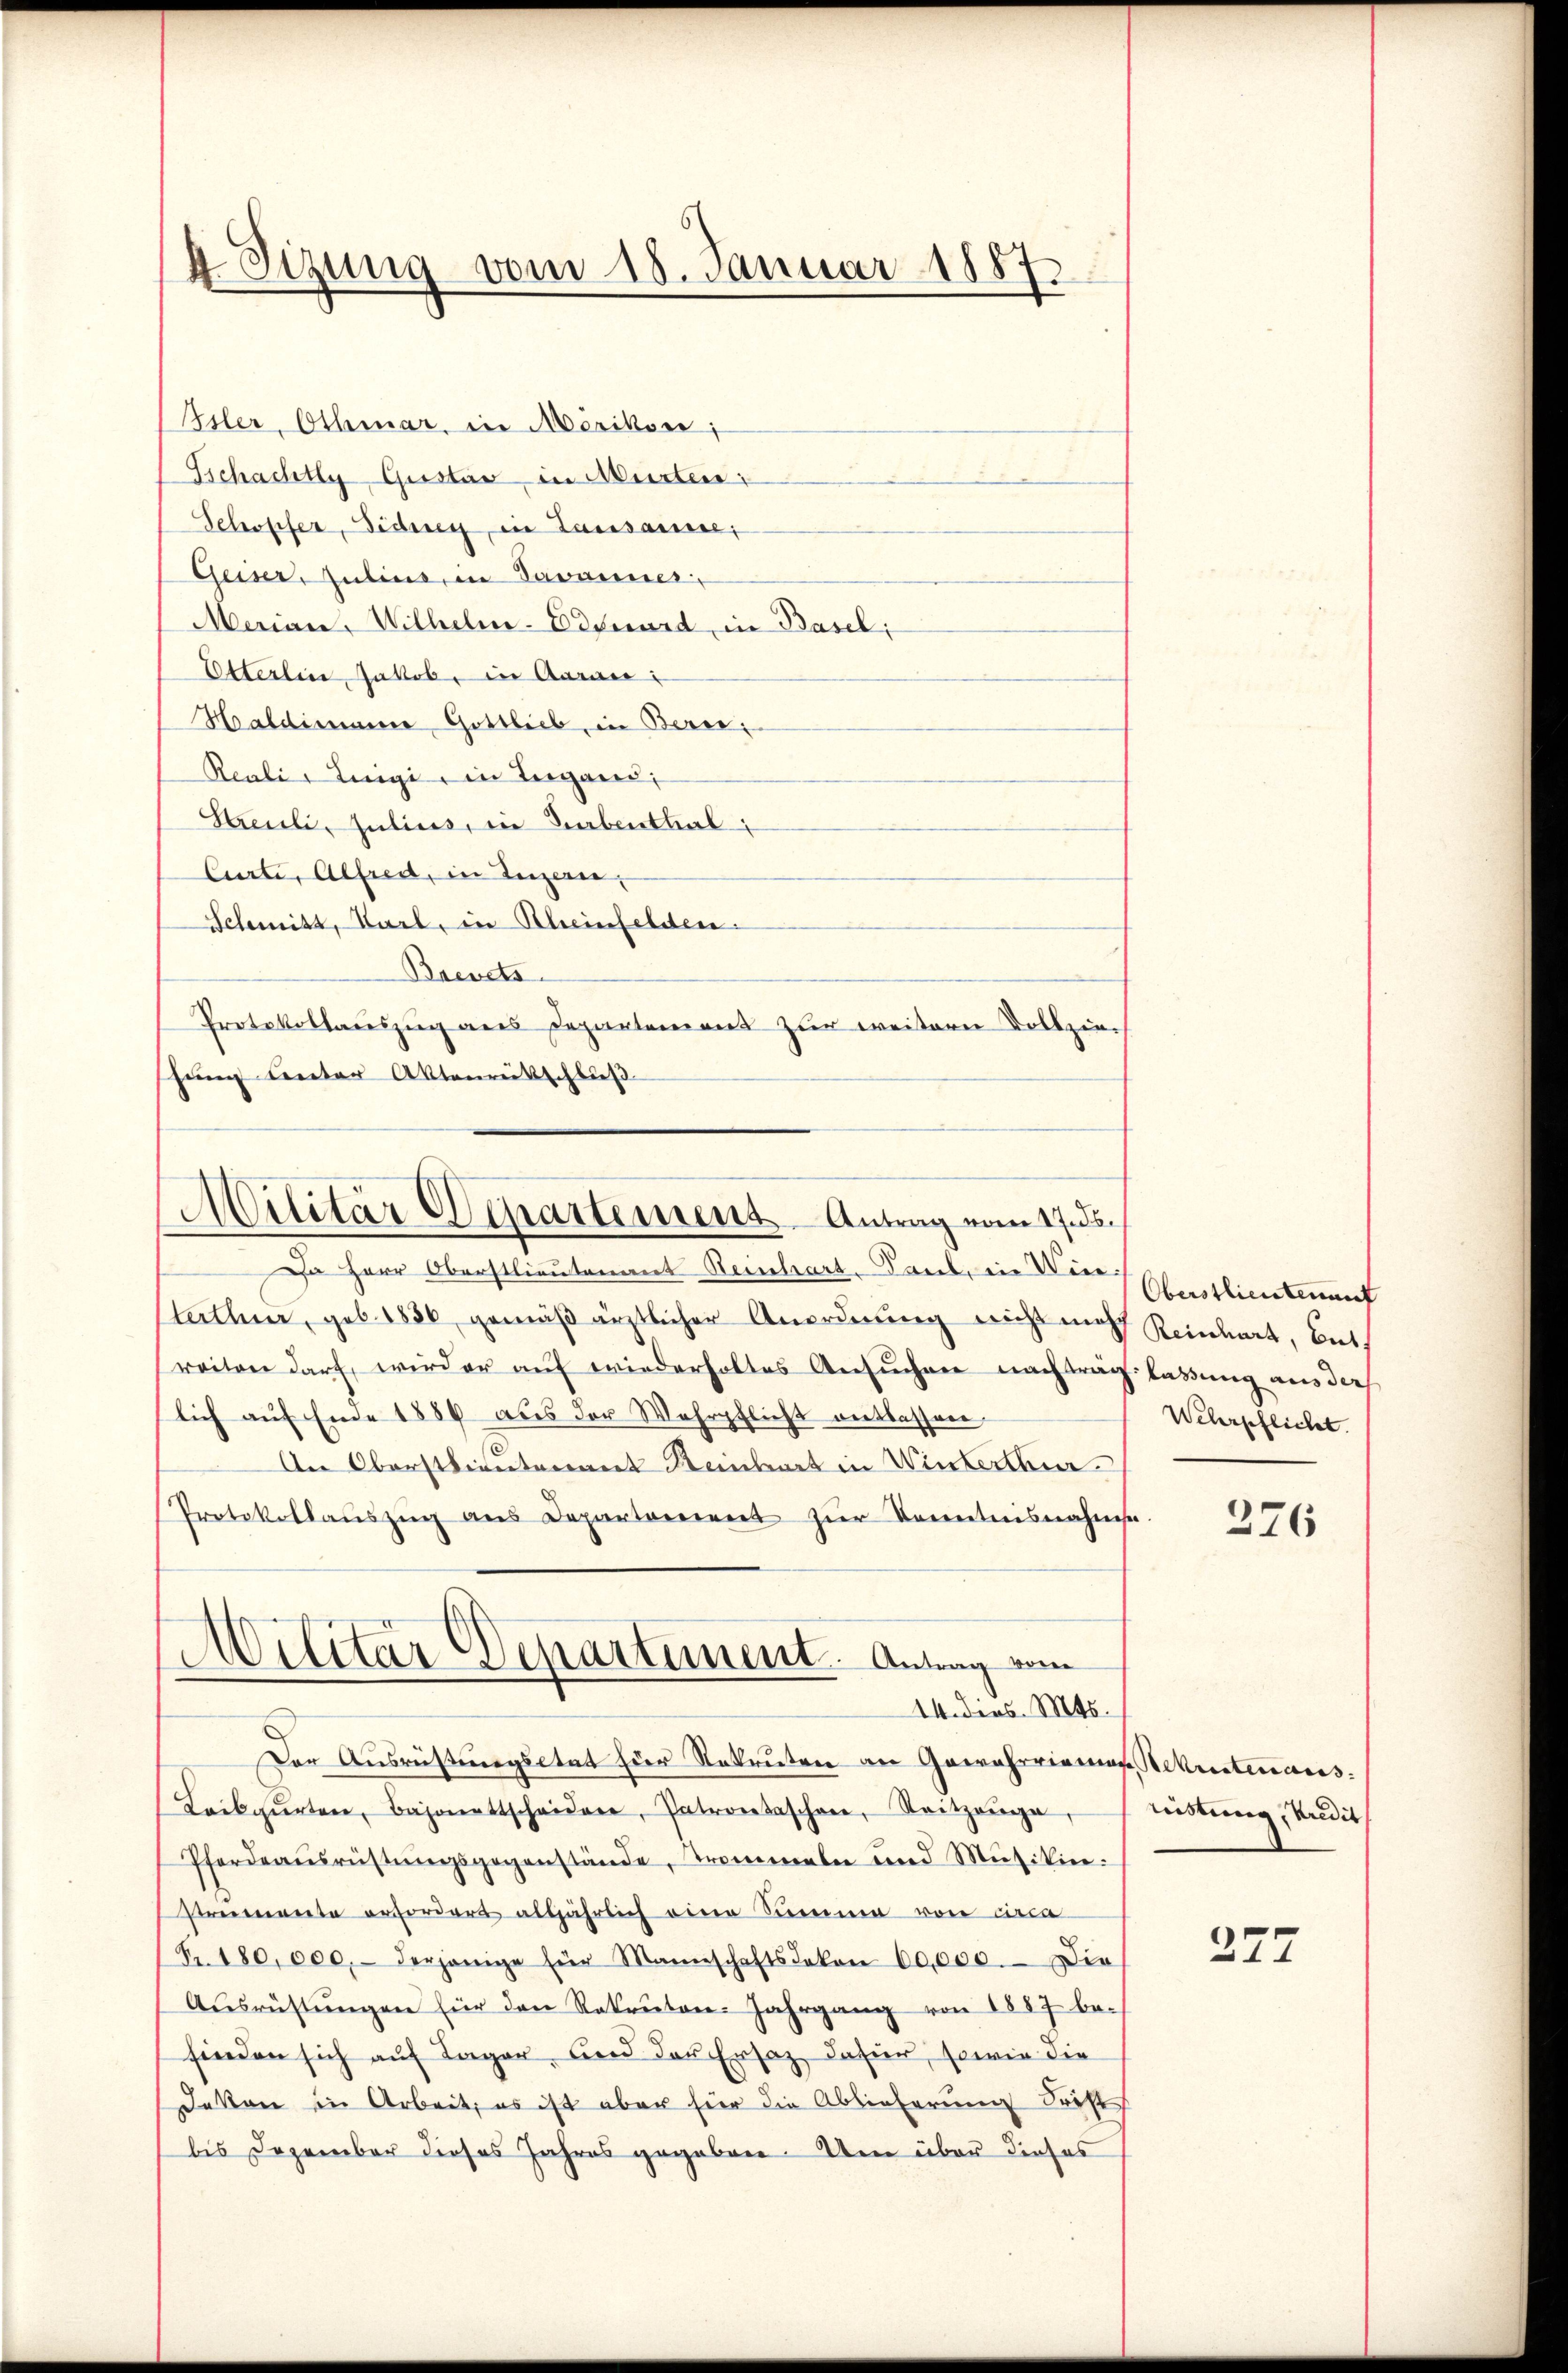
4 Sizung vom 18. Januar 1887

Isler, Othmar, in Mörikon;
Tschachtly Gustav in Murten:
Schöpfer, Sidney, in Lausanne,
Geiser, Julius, in Savanner
Maian, Wilhelm-Edouard, in Basel;
Etterlin Jakob, in Aarau
Haldimanne Gottlieb, in Berei
Reali, Luigi in Teigand;
Streuli, Julius, in Surbenthal:
Curti, Alfred, in Luzern,
Schmitt, Karl, in Rheinfelden.
Brevets
Protokollauszug aus Departement zur weitern Vollzie
hung unter Aktenrütschluß

Militär Departemens Antrag vom 17. ds.

Militär Departement. Antrag vom
14. dies. Mts.

Da Herr Oberstlieutenant Steinhart. Dank. in Winterthur, geb. 1886 gemäß ärztlicher Anordnung nicht mehr Reinbart, But
reiten darf, wieder auf wiederholtes Ansŭchen nachtrag lassung aus ders
lich auf Ende 1880 aus der Wehrpflicht entlassen
An Oberstlieutenwert Steinbart in Winterthur
Protokollaŭszŭg ans Departorient zŭr Kenntnisnahme.
Der Ausrüstungsetat für Rekruten an Gewährrienas, Rekrutenaus.
Laikgŭrten, Bajonettscheiden, Patrontaschen, Seitzenge,
Pferdeausrüstŭngsgegenstände, Trommeln und Mŭsikin:
Preemente erfordert alljährlich eine Summe von circa
Fr. 180,000.- derjenige für Mannschaftsakon 60,000. Die
Aŭsrüstŭngen für den Rekruten-Jahrgang von 1887 be-
finden sich auf Lager, und der Ersatz dahier, sowie die
Jakon in Arbeit, es ist aber hier die Ablieferung Frist
bis Dezember dieses Jahres gegeben. Um über dieses

Oberstlieutenant
Wehrpflicht

276

reistung, Kredit

277